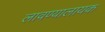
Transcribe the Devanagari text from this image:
लावण्यालायक